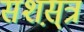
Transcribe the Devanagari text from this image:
सशस़्त्र